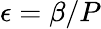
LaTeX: \epsilon=\beta/P